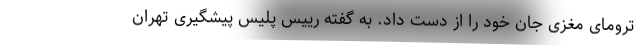
ترومای مغزی جان خود را از دست داد. به گفته رییس پلیس پیشگیری تهران